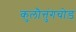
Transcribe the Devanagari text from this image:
कुलौत्तुंगचोड़